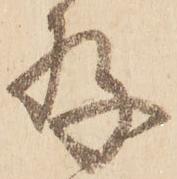
存